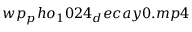
w p _ { p } h o _ { 1 } 0 2 4 _ { d } e c a y 0 . m p 4